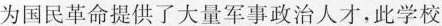
为国民革命提供了大量军事政治人才，此学校